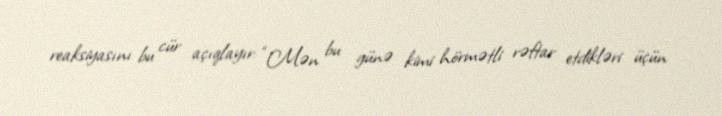
reaksiyasını bu cür açıqlayır: “Mən bu günə kimi hörmətli rəftar etdikləri üçün